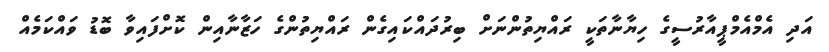
އަދި އެމްއެމްޕީއާރުސީގެ ހިޔާނާތަކީ ރައްޔިތުންނަށް ބިރުދައްކައިގެން ރައްޔިތުންގެ ހަޒާނާއިން ކޮށްފައިވާ ބޮޑު ވައްކަމެއް